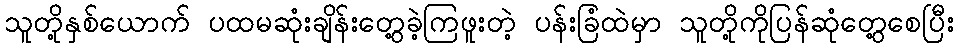
သူတို့နှစ်ယောက် ပထမဆုံးချိန်းတွေ့ခဲ့ကြဖူးတဲ့ ပန်းခြံထဲမှာ သူတို့ကိုပြန်ဆုံတွေ့စေပြီး